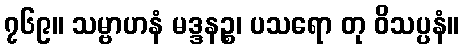
၇၆၉။ သမ္ဗာဟနံ မဒ္ဒနဉ္စ၊ ပသရော တု ဝိသပ္ပနံ။